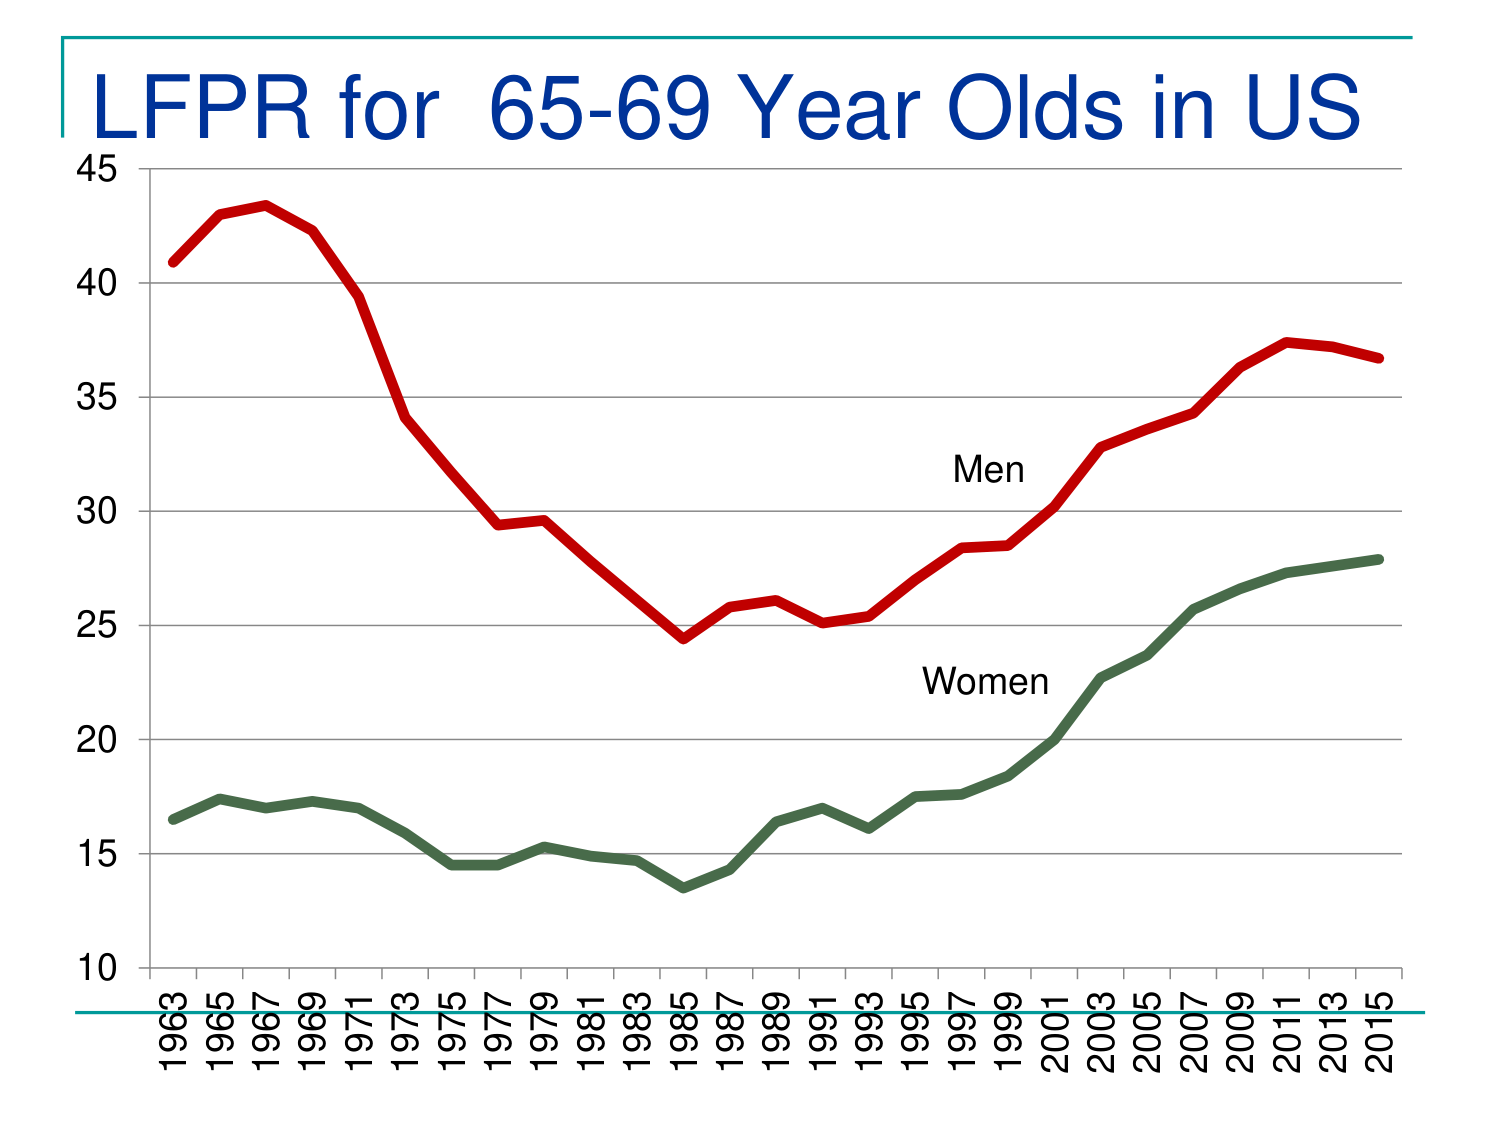
LFPR for 65-69 Year Olds in US
45
40
35
30
25
20
15
10
1963 1965 1967 1969 1971 1973 1975 1977 1979 1981 1983 1985 1987 1989 1991 1993 1995 1997 1999 2001 2003 2005 2007 2009 2011 2013 2015
Men
Women